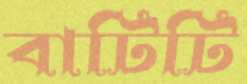
বাটিটি